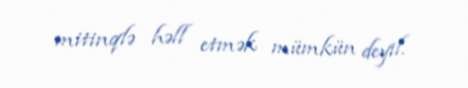
mitinqlə həll etmək mümkün deyil.